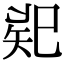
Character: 𢁄